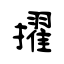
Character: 擢